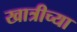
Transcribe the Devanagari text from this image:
खात्रीच्या